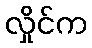
လှိုင်က